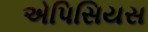
એપિસિયસ